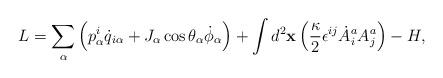
LaTeX: \begin{align*}L = \sum_\alpha\left(p^i_\alpha \dot q_{i\alpha} + J_\alpha\cos \theta_\alpha \dot \phi_\alpha\right) +\int d^2{\bf x}\left({\kappa\over 2}\epsilon^{ij}\dot A^a_i A^a_j\right) - H,\end{align*}